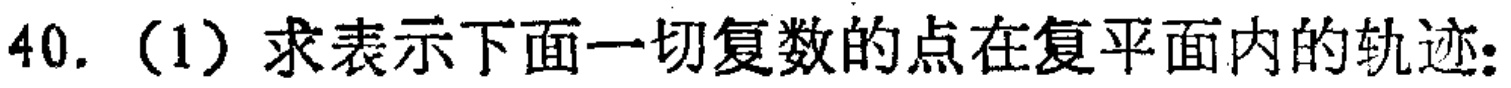
40.（1）求表示下面一切复数的点在复平面内的轨迹：